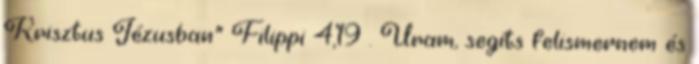
Krisztus Jézusban” Filippi 4,19 . Uram, segíts felismernem és